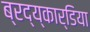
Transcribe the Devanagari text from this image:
ब्रद्य्कार्डिया